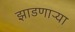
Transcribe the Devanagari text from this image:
झाडणाऱ्या